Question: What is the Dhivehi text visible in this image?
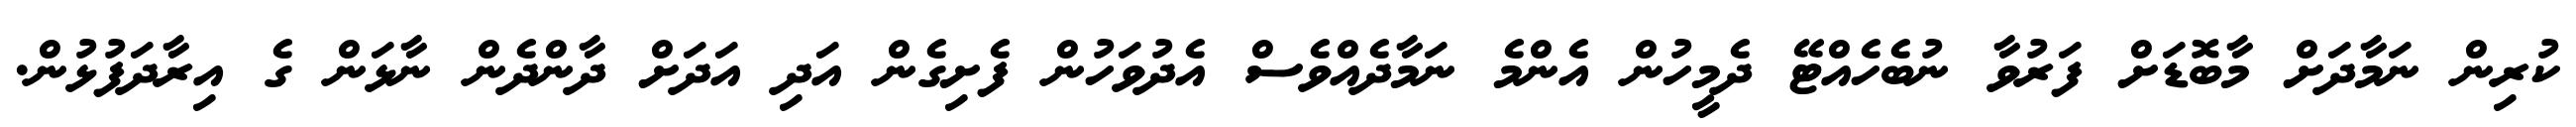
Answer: ކުރިން ނަމާދަށް މާބޮޑަށް ފަރުވާ ނުބެހެއްޓޭ ދެމީހުން އެންމެ ނަމާދެއްވެސް އެދުވަހުން ފެށިގެން އަދި އަދަށް ދާންދެން ނާޅަން ގެ އިރާދަފުޅުން.